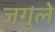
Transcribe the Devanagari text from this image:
जगुले